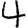
Digit: 4